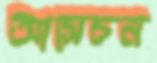
আসেচন